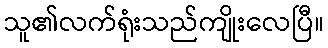
သူ၏လက်ရုံးသည်ကျိုးလေပြီ။